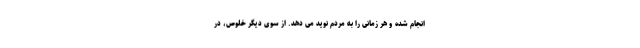
انجام شده و هر زمانی را به مردم نوید می دهد. از سوی دیگر خلوص، در